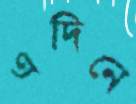
এদিনে